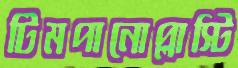
টিমপানোপ্লাস্টি